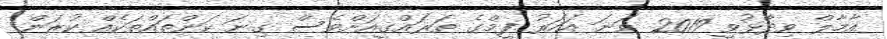
އާމާލް ވިދާޅުވީ 2019 ވަަނަ އަހަރު ފީމްގެ ތަރައްގީއަށްވެސް ގިނަ ކަންތައްތަކެއް ކުރަން